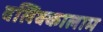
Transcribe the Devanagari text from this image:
वलिक्कालाम